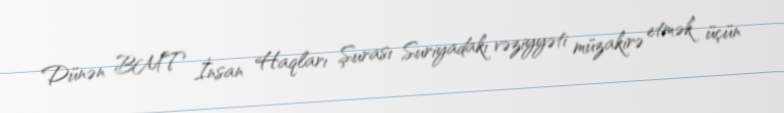
Dünən BMT İnsan Haqları Şurası Suriyadakı vəziyyəti müzakirə etmək üçün